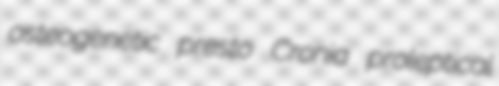
osteogenetic presto Cronia proleptical